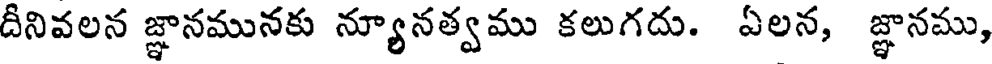
దీనివలన జ్ఞానమునకు న్యూనత్వము కలుగదు. ఏలన, జ్ఞానము,